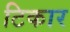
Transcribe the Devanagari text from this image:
टिकार